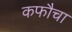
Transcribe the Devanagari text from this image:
कफौचा